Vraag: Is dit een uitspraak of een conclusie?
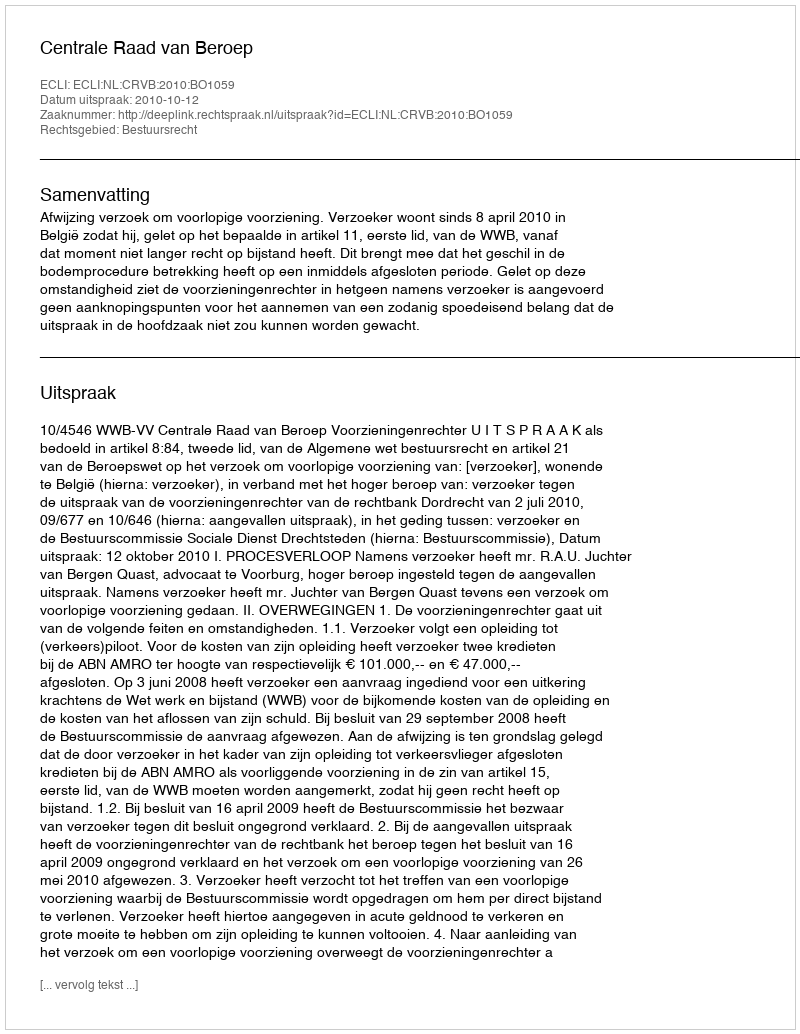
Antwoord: Uitspraak